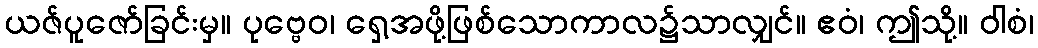
ယဇ်ပူဇော်ခြင်းမှ။ ပုဗ္ဗေဝ၊ ရှေ့အဖို့ဖြစ်သောကာလ၌သာလျှင်။ ဧဝံ၊ ဤသို့။ ဝါစံ၊